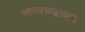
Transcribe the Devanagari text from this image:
आत्मश्रद्धावान